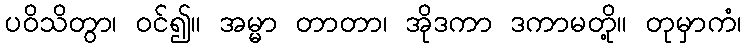
ပဝိသိတွာ၊ ဝင်၍။ အမ္မာ တာတာ၊ အိုဒကာ ဒကာမတို့။ တုမှာကံ၊